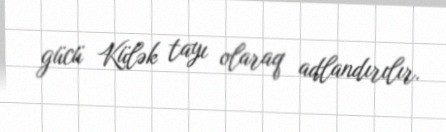
gücü Külək tayı olaraq adlandırılır.